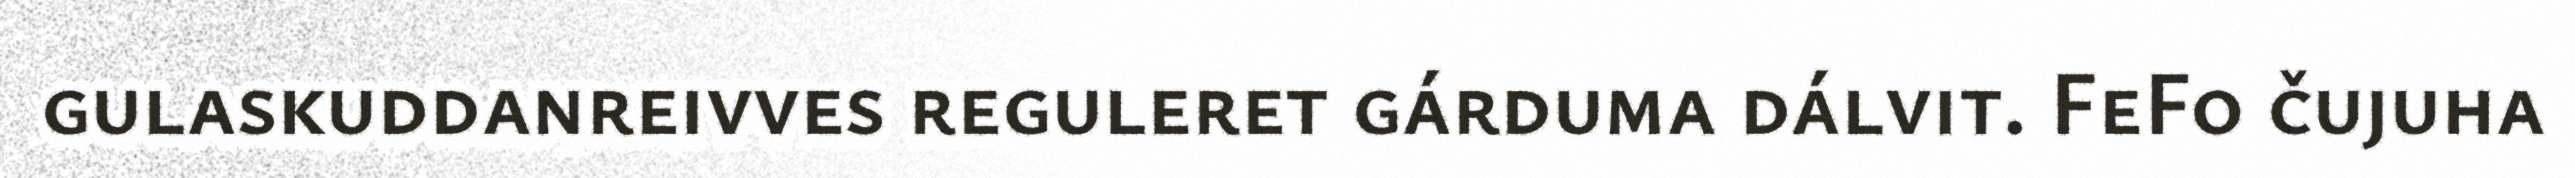
gulaskuddanreivves reguleret gárduma dálvit. FeFo čujuha